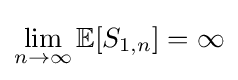
\lim _{n\to \infty }\mathbb {E} [S_{1,n}]=\infty